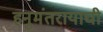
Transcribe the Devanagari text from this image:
हनुमंतरायाची